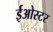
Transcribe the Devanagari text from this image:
ईओस्टर